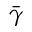
\bar { \gamma }